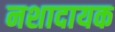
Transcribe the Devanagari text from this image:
नशादायक